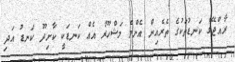
ރާއްޖޭގެ ކަނޑުތަކުގެ ތެރެއިން އެންމެ މަޝްހޫރު އެއް ކަނޑަކީ ކާށިދޫ ކަނޑު އަދި